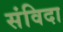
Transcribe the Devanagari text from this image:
संविदा